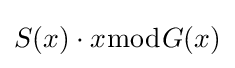
S(x)\cdot x{\bmod {G}}(x)